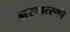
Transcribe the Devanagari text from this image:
श्चरवात्स्की